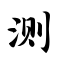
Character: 测